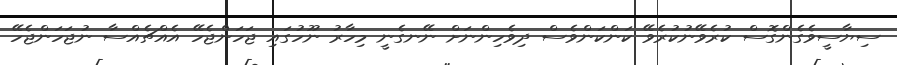
ސިޔާސީވެގެންގޮސް ކުރެވޭނުކުރެވޭ ކަންކަންވެސް ދިވެހިންނަށް ނޭނގެނީ މިހާރު ނޫހުގައި ޖަހަންޖެހޭ އެއްޗެއްސާ ނުޖަހަންޖެހޭ